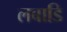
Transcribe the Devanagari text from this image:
लबाडि